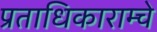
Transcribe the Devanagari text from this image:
प्रताधिकाराम्चे